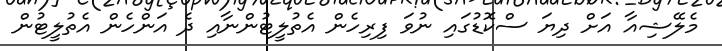
މެލޭޝިއާ އަށް ދިޔަ ސްކޮޑުގައި ނުވަ ފިރިހެން އެތުލީޓުންނާއި ދެ އަންހެން އެތުލީޓުން